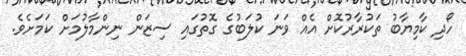
ހޯދި ކާމިޔާބު ތަކުރާރުކޮށް އެއް ވަނަ ކުލަބުގެ ގޮތުގައި ސިޒަން ނިންމާލުމަށް ކަމަށެވެ.